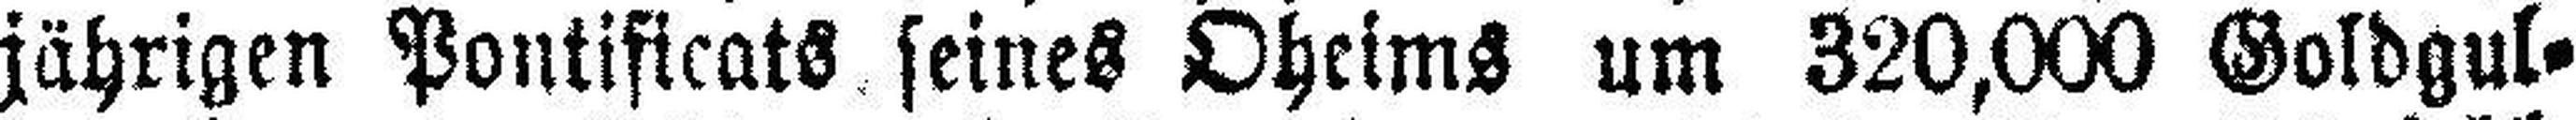
jährigen Pontificats seines Oheims um 320,000 Goldgul¬